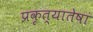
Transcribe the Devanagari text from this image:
प्रकृत्यातेषां